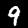
Label: 9